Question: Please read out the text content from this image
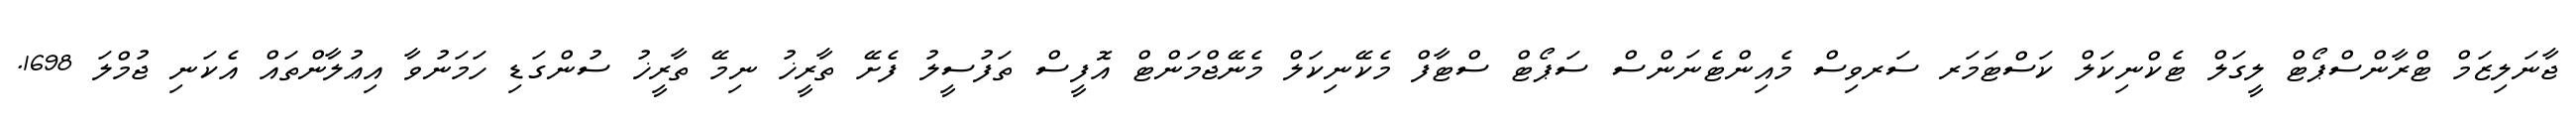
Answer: ޖާނަލިޒަމް ޓްރާންސްޕޯޓް ލީގަލް ޓެކްނިކަލް ކަސްޓަމަރ ސަރވިސް މެއިންޓެނަންސް ސަޕޯޓް ސްޓާފް މެކޭނިކަލް މެނޭޖްމަންޓް އޮފީސް ތަފުސީލު ފެށޭ ތާރީޚު ނިމޭ ތާރީޚު ސުންގަޑި ހަމަނުވާ އިޢުލާންތައް އެކަނި ޖުމްލަ 1698.